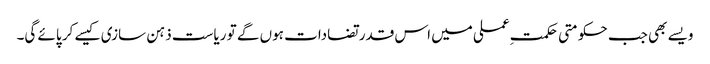
ویسے بھی جب حکومتی حکمتِ عملی میں اس قدر تضادات ہوں گے تو ریاست ذہن سازی کیسے کر پائے گی۔